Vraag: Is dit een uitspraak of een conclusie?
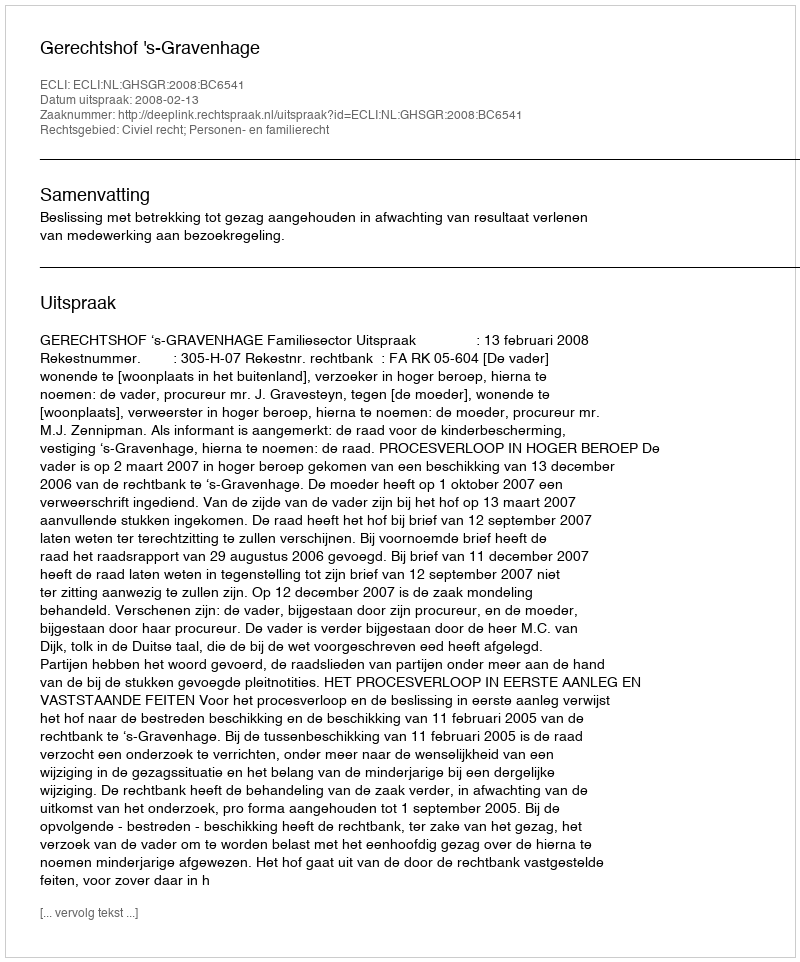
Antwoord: Uitspraak